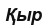
Қыр